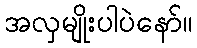
အလှမျိုးပါပဲနော်။